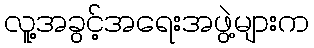
လူ့အခွင့်အရေးအဖွဲ့များက